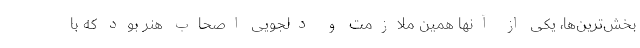
بخش‌ترین‌ها، یکی از آنها همین ملازمت و دلجویی اصحاب هنر بود که با